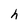
Character: h